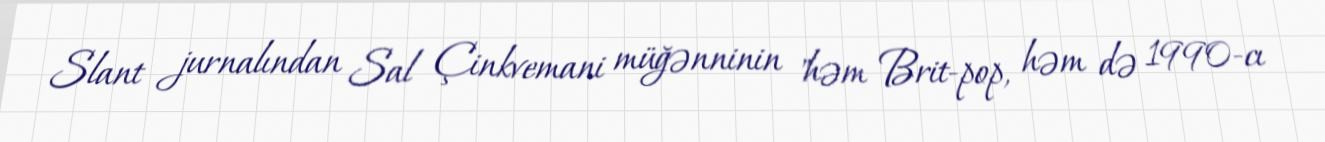
Slant jurnalından Sal Çinkvemani müğənninin "həm Brit-pop, həm də 1990-cı